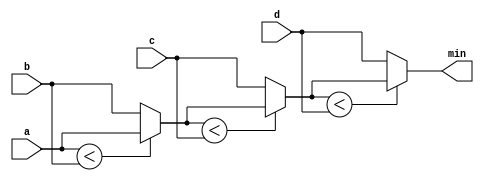
// This program was cloned from: https://github.com/viduraakalanka/HDL-Bits-Solutions
// License: The Unlicense

module top_module (
    input [7:0] a, b, c, d,
    output [7:0] min);
    
    wire [7:0] int1, int2;
    
    //condition ? if_true : if_false
    assign int1 = (a<b)? a:b; 
    assign int2 = (int1<c)? int1:c;
    assign min  = (int2<d)? int2:d;
endmodule